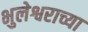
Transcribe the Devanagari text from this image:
भुलेश्वराच्या